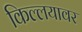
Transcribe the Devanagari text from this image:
किल्लयावर